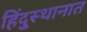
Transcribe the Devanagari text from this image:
हिंदु्स्थानात